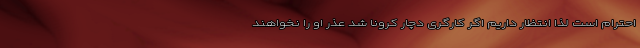
احترام است لذا انتظار داریم اگر کارگری دچار کرونا شد عذر او را نخواهند